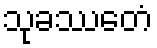
သုခဿေတံ